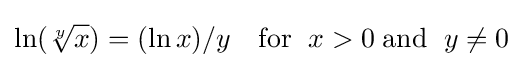
\ln({\sqrt[{y}]{x}})=(\ln x)/y\quad {\text{for }}\;x>0\;{\text{and }}\;y\neq 0